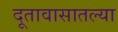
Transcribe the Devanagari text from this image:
दूतावासातल्या